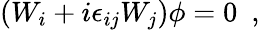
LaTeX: (W_{i}+i\epsilon_{ij}W_{j})\phi=0~~,